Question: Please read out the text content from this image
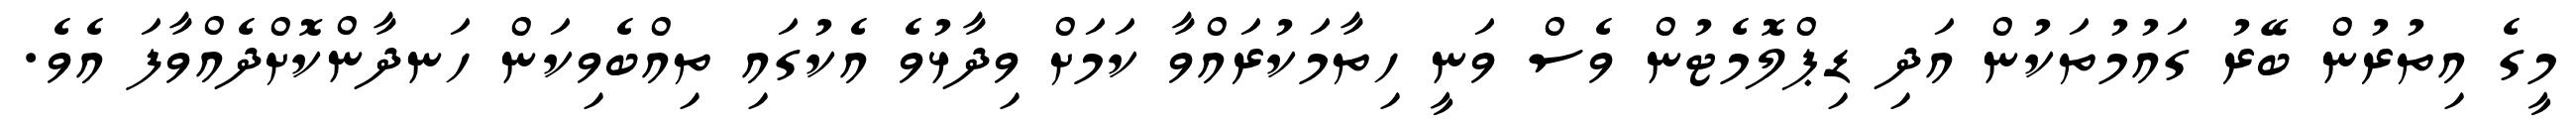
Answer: މީގެ އިތުރުން ބޭރު ގައުމުތަކުން އަދި ޑިޕްލޮމެޓުން ވެސް ވަނީ ހިތާމަކުރައްވާ ކަމަށް ވިދާޅުވެ އެކުގައި ތިއްބެވިކަން ހަނދާންކޮށްދެއްވާފަ އެވެ.